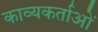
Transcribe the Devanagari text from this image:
काव्यकर्ताओं